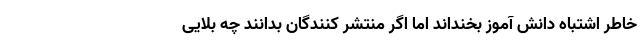
خاطر اشتباه دانش آموز بخنداند اما اگر منتشر کنندگان بدانند چه بلایی